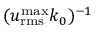
( u _ { \mathrm { r m s } } ^ { \operatorname* { m a x } } k _ { 0 } ) ^ { - 1 }